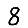
Digit: 8